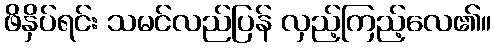
ဖိနှိပ်ရင်း သမင်လည်ပြန် လှည့်ကြည့်လေ၏။